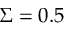
\Sigma = 0 . 5